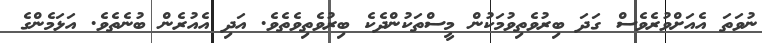
ނުވަތަ އެއަަށްވުރެވެސް ގަދަ ބިރުވެތިވުމަކުން މީސްތަކުންދެކެ ބިރުވެތިވެތެވެ. އަދި އެއުރެން ބުނެތެވެ. އަޅަމެންގެ